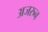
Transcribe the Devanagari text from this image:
अजरुन